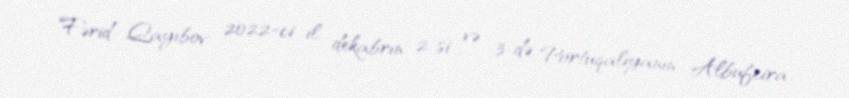
Fərid Qayıbov 2022-ci il dekabrın 2-si və 3-də Portuqaliyanın Albufeira